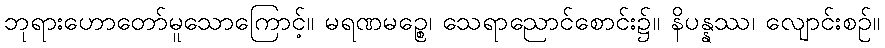
ဘုရားဟောတော်မူသောကြောင့်။ မရဏမဉ္စေ၊ သေရာညောင်စောင်း၌။ နိပန္နဿ၊ လျောင်းစဉ်။